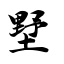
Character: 墅